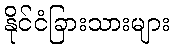
နိုင်ငံခြားသားများ